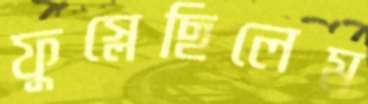
ফুস্‌লেছিলেম